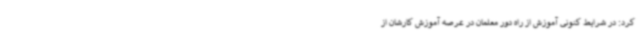
کرد: در شرایط کنونی آموزش از راه دور معلمان در عرصه آموزش کارشان از